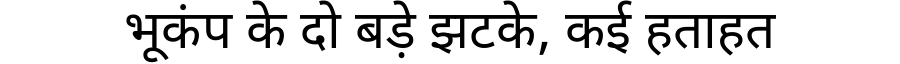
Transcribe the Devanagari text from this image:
भूकंप के दो बड़े झटके, कई हताहत